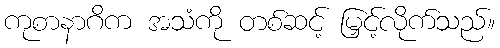
ကုစာနာဂိက အသံကို တစ်ဆင့် မြှင့်လိုက်သည်။